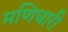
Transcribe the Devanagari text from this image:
मणिधारी